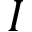
I